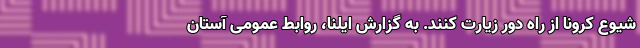
شیوع کرونا از راه دور زیارت کنند. به گزارش ایلنا، روابط عمومی آستان